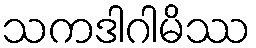
သကဒါဂါမိဿ